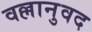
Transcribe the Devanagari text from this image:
वल्लानुवद